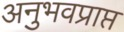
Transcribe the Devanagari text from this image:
अनुभवप्राप्त